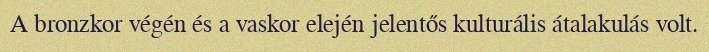
A bronzkor végén és a vaskor elején jelentős kulturális átalakulás volt.